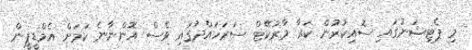
މި ޕެޓިޝަނުގައި ސޮއިކުރުން ކަރާ މާރުކޭޓް ސަރަހައްދުގައި ވެސް އޮންނާނެ ކަމަށް އެމްޑީޕީން